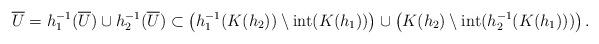
LaTeX: \begin{align*}\overline{U}=h_{1}^{-1}(\overline{U})\cup h_{2}^{-1}(\overline{U})\subset \left(h_{1}^{-1}(K(h_{2}))\setminus \mbox{int}(K(h_{1}))\right) \cup \left(K(h_{2})\setminus \mbox{int}(h_{2}^{-1}(K(h_{1})))\right).\end{align*}